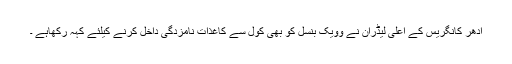
ادھر کانگریس کے اعلی لیڈران نے وویک بنسل کو بھی کول سے کاغذات نامزدگی داخل کرنے کیلئے کہہ رکھاہے ۔